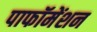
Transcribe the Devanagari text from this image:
पाफॉमेंशन